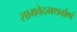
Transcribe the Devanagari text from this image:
सामवेदमथर्वाणं